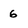
Character: 6